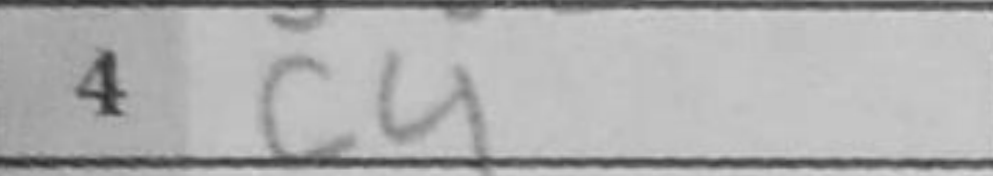
Transcription: c4